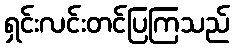
ရှင်းလင်းတင်ပြကြသည်